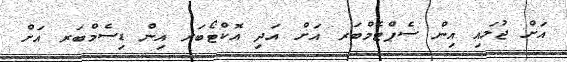
އަށް ޖުލައި އިން ސެޕްޓެމްބަރ އަށް އަދި އޮކްޓޯބަރ އިން ޑިސެމްބަރ އަށް